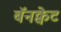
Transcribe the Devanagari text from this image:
बॅनक्वेट